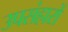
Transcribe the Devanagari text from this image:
उपसंहारों